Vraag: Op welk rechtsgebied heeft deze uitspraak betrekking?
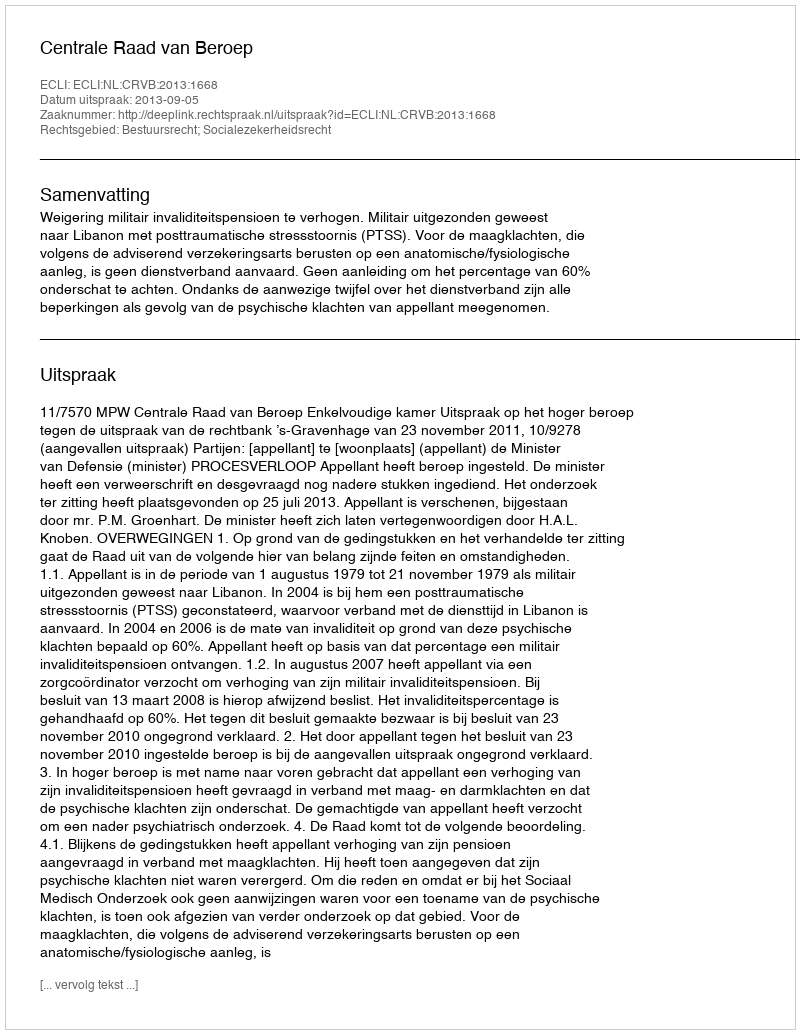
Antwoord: Bestuursrecht; Socialezekerheidsrecht